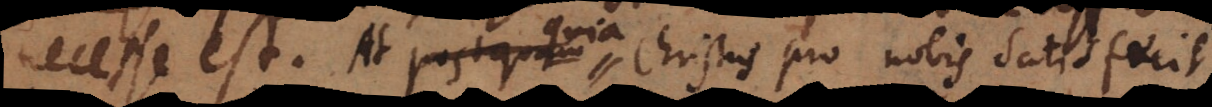
necesse est. At postquam quia Christus pro nobis satisfecit,